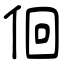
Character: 佪